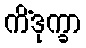
ကိံဒုက္ခာ